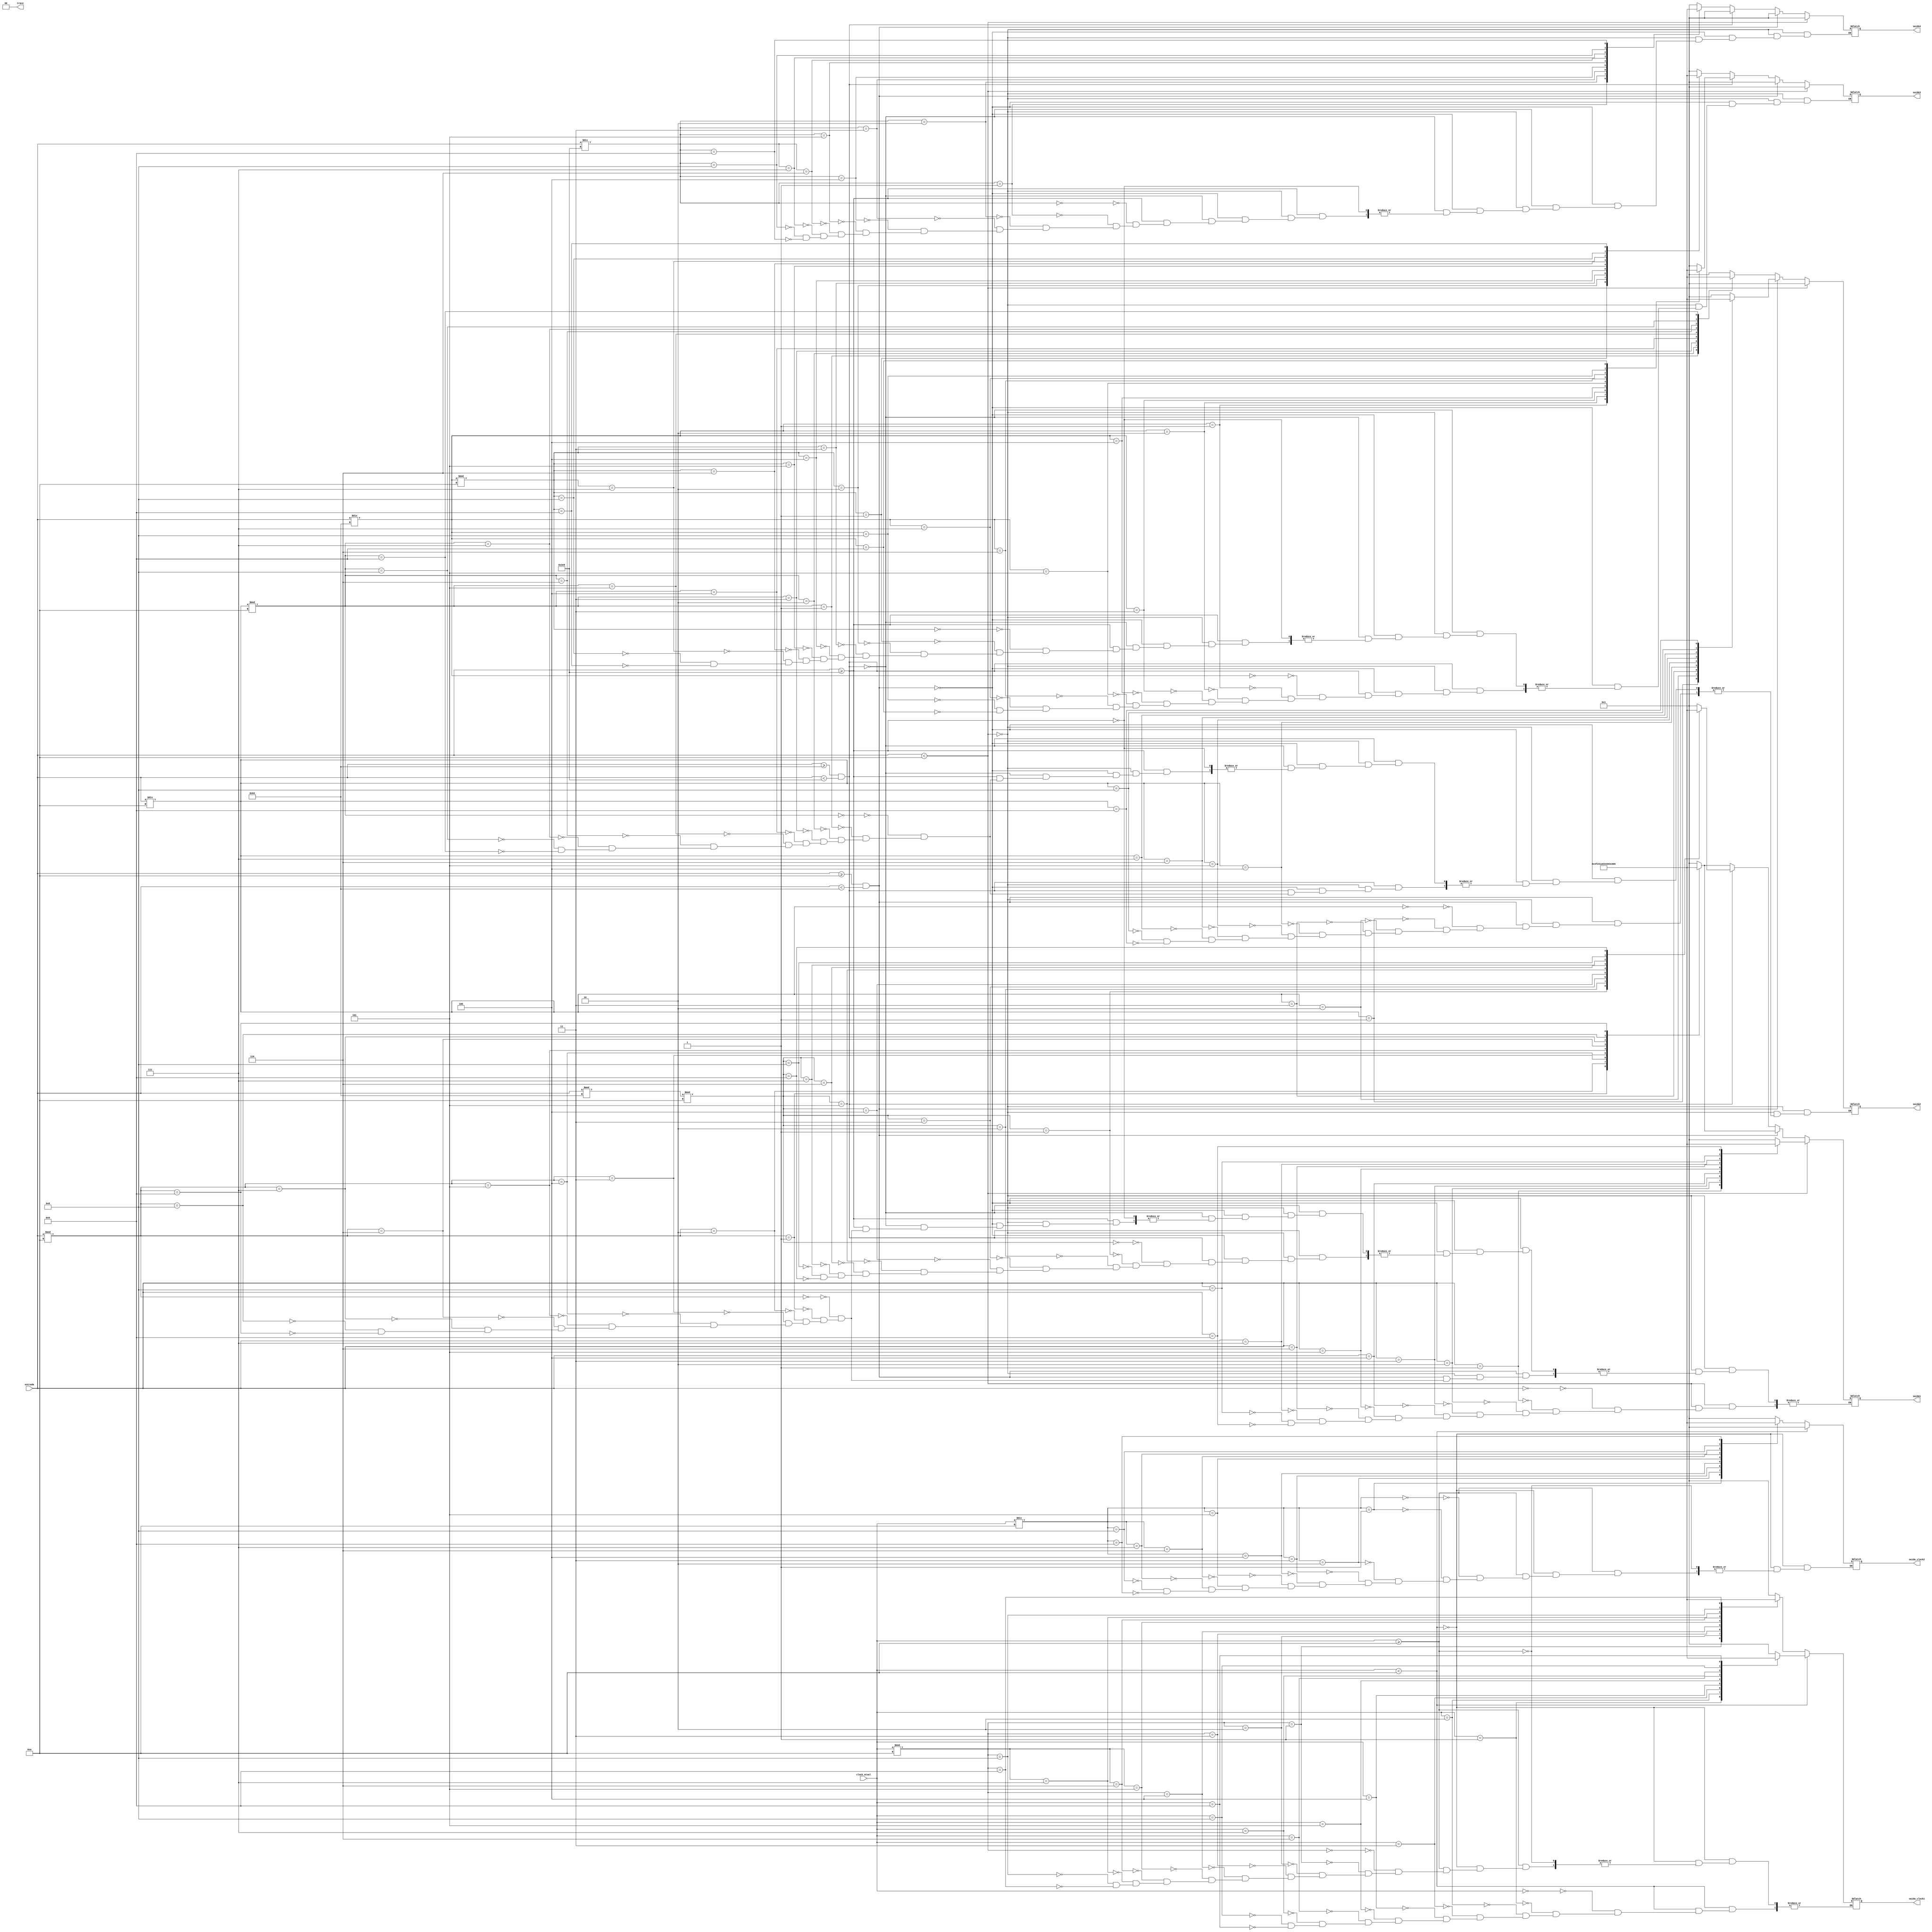
module display_verilog(entrada, clock_atual, saida1,saida2,saida3,saida4,saida_clock1,saida_clock2,traco);

	input [31:0] entrada;
	input [9:0] clock_atual;
	output reg[6:0]saida1;
	output reg[6:0]saida2;
	output reg[6:0]saida3;
	output reg[6:0]saida4;
	output reg[6:0]saida_clock1;
	output reg[6:0]saida_clock2;
	output reg[1:0]traco;
	reg [31:0] d1;
	reg [31:0] d2;
	reg [31:0] d3;
	reg [31:0] d4;
	reg [31:0] c1;
	reg [31:0] c2;
	
	always@(*)
	
		begin	
		
		traco = 2'b00;
		
			if(entrada < 10)
				begin
			
				saida2 = 7'b0000001;
				saida3 = 7'b0000001;
				saida4 = 7'b0000001;
				
				case (entrada)
				
					32'b00000000000000000000000000000000: saida1 = 7'b0000001; 
					32'b00000000000000000000000000000001: saida1 = 7'b1001111; 
					32'b00000000000000000000000000000010: saida1 = 7'b0010010; 
					32'b00000000000000000000000000000011: saida1 = 7'b0000110; 
					32'b00000000000000000000000000000100: saida1 = 7'b1001100; 
					32'b00000000000000000000000000000101: saida1 = 7'b0100100; 
					32'b00000000000000000000000000000110: saida1 = 7'b0100000; 
					32'b00000000000000000000000000000111: saida1 = 7'b0001111; 
					32'b00000000000000000000000000001000: saida1 = 7'b0000000; 
					32'b00000000000000000000000000001001: saida1 = 7'b0000100;
				
				endcase	
				end
			
			
			else if((entrada>=10) && (entrada<100)) 
				
				begin
			
				d1 = entrada % 10;
				d2 = entrada / 10;
				saida3 = 7'b0000001;
				saida4 = 7'b0000001;
				
				case (d1)
				
					32'b00000000000000000000000000000000: saida1 = 7'b0000001; 
					32'b00000000000000000000000000000001: saida1 = 7'b1001111; 
					32'b00000000000000000000000000000010: saida1 = 7'b0010010; 
					32'b00000000000000000000000000000011: saida1 = 7'b0000110; 
					32'b00000000000000000000000000000100: saida1 = 7'b1001100; 
					32'b00000000000000000000000000000101: saida1 = 7'b0100100; 
					32'b00000000000000000000000000000110: saida1 = 7'b0100000; 
					32'b00000000000000000000000000000111: saida1 = 7'b0001111; 
					32'b00000000000000000000000000001000: saida1 = 7'b0000000; 
					32'b00000000000000000000000000001001: saida1 = 7'b0000100;
				
			
			endcase
			
			case (d2)
				
					32'b00000000000000000000000000000000: saida2 = 7'b0000001; 
					32'b00000000000000000000000000000001: saida2 = 7'b1001111; 
					32'b00000000000000000000000000000010: saida2 = 7'b0010010; 
					32'b00000000000000000000000000000011: saida2 = 7'b0000110; 
					32'b00000000000000000000000000000100: saida2 = 7'b1001100; 
					32'b00000000000000000000000000000101: saida2 = 7'b0100100; 
					32'b00000000000000000000000000000110: saida2 = 7'b0100000; 
					32'b00000000000000000000000000000111: saida2 = 7'b0001111; 
					32'b00000000000000000000000000001000: saida2 = 7'b0000000; 
					32'b00000000000000000000000000001001: saida2 = 7'b0000100;
				
				endcase
			end
			
			else if((entrada>=100) && (entrada<1000))
			
				begin
			
				d1 = entrada % 100;
				d1 = d1 % 10;
				d2 = entrada / 10;
				d2 = d2 % 10;
				d3 = entrada / 100;
				saida4 = 7'b0000001;
				
				case (d1)
				
					32'b00000000000000000000000000000000: saida1 = 7'b0000001; 
					32'b00000000000000000000000000000001: saida1 = 7'b1001111; 
					32'b00000000000000000000000000000010: saida1 = 7'b0010010; 
					32'b00000000000000000000000000000011: saida1 = 7'b0000110; 
					32'b00000000000000000000000000000100: saida1 = 7'b1001100; 
					32'b00000000000000000000000000000101: saida1 = 7'b0100100; 
					32'b00000000000000000000000000000110: saida1 = 7'b0100000; 
					32'b00000000000000000000000000000111: saida1 = 7'b0001111; 
					32'b00000000000000000000000000001000: saida1 = 7'b0000000; 
					32'b00000000000000000000000000001001: saida1 = 7'b0000100;
				
			
			endcase
			
			case (d2)
				
					32'b00000000000000000000000000000000: saida2 = 7'b0000001; 
					32'b00000000000000000000000000000001: saida2 = 7'b1001111; 
					32'b00000000000000000000000000000010: saida2 = 7'b0010010; 
					32'b00000000000000000000000000000011: saida2 = 7'b0000110; 
					32'b00000000000000000000000000000100: saida2 = 7'b1001100; 
					32'b00000000000000000000000000000101: saida2 = 7'b0100100; 
					32'b00000000000000000000000000000110: saida2 = 7'b0100000; 
					32'b00000000000000000000000000000111: saida2 = 7'b0001111; 
					32'b00000000000000000000000000001000: saida2 = 7'b0000000; 
					32'b00000000000000000000000000001001: saida2 = 7'b0000100;
				
				endcase
				
			case (d3)
				
					32'b00000000000000000000000000000000: saida3 = 7'b0000001; 
					32'b00000000000000000000000000000001: saida3 = 7'b1001111; 
					32'b00000000000000000000000000000010: saida3 = 7'b0010010; 
					32'b00000000000000000000000000000011: saida3 = 7'b0000110; 
					32'b00000000000000000000000000000100: saida3 = 7'b1001100; 
					32'b00000000000000000000000000000101: saida3 = 7'b0100100; 
					32'b00000000000000000000000000000110: saida3 = 7'b0100000; 
					32'b00000000000000000000000000000111: saida3 = 7'b0001111; 
					32'b00000000000000000000000000001000: saida3 = 7'b0000000; 
					32'b00000000000000000000000000001001: saida3 = 7'b0000100;
				
				endcase
			end
	
		else if(entrada>=1000)
			
				begin
			
				d1 = entrada % 10;
				d2 = entrada / 10;
				d2 = d2 % 10;
				d3 = entrada / 100;
				d3 = d3 % 10;
				d4 = entrada / 1000;
				
				case (d1)
				
					32'b00000000000000000000000000000000: saida1 = 7'b0000001; 
					32'b00000000000000000000000000000001: saida1 = 7'b1001111; 
					32'b00000000000000000000000000000010: saida1 = 7'b0010010; 
					32'b00000000000000000000000000000011: saida1 = 7'b0000110; 
					32'b00000000000000000000000000000100: saida1 = 7'b1001100; 
					32'b00000000000000000000000000000101: saida1 = 7'b0100100; 
					32'b00000000000000000000000000000110: saida1 = 7'b0100000; 
					32'b00000000000000000000000000000111: saida1 = 7'b0001111; 
					32'b00000000000000000000000000001000: saida1 = 7'b0000000; 
					32'b00000000000000000000000000001001: saida1 = 7'b0000100;
				
			
			endcase
			
			case (d2)
				
					32'b00000000000000000000000000000000: saida2 = 7'b0000001; 
					32'b00000000000000000000000000000001: saida2 = 7'b1001111; 
					32'b00000000000000000000000000000010: saida2 = 7'b0010010; 
					32'b00000000000000000000000000000011: saida2 = 7'b0000110; 
					32'b00000000000000000000000000000100: saida2 = 7'b1001100; 
					32'b00000000000000000000000000000101: saida2 = 7'b0100100; 
					32'b00000000000000000000000000000110: saida2 = 7'b0100000; 
					32'b00000000000000000000000000000111: saida2 = 7'b0001111; 
					32'b00000000000000000000000000001000: saida2 = 7'b0000000; 
					32'b00000000000000000000000000001001: saida2 = 7'b0000100;
				
				endcase
				
			case (d3)
				
					32'b00000000000000000000000000000000: saida3 = 7'b0000001; 
					32'b00000000000000000000000000000001: saida3 = 7'b1001111; 
					32'b00000000000000000000000000000010: saida3 = 7'b0010010; 
					32'b00000000000000000000000000000011: saida3 = 7'b0000110; 
					32'b00000000000000000000000000000100: saida3 = 7'b1001100; 
					32'b00000000000000000000000000000101: saida3 = 7'b0100100; 
					32'b00000000000000000000000000000110: saida3 = 7'b0100000; 
					32'b00000000000000000000000000000111: saida3 = 7'b0001111; 
					32'b00000000000000000000000000001000: saida3 = 7'b0000000; 
					32'b00000000000000000000000000001001: saida3 = 7'b0000100;
				
				endcase
				
			case (d4)
				
					32'b00000000000000000000000000000000: saida4 = 7'b0000001; 
					32'b00000000000000000000000000000001: saida4 = 7'b1001111; 
					32'b00000000000000000000000000000010: saida4 = 7'b0010010; 
					32'b00000000000000000000000000000011: saida4 = 7'b0000110; 
					32'b00000000000000000000000000000100: saida4 = 7'b1001100; 
					32'b00000000000000000000000000000101: saida4 = 7'b0100100; 
					32'b00000000000000000000000000000110: saida4 = 7'b0100000; 
					32'b00000000000000000000000000000111: saida4 = 7'b0001111; 
					32'b00000000000000000000000000001000: saida4 = 7'b0000000; 
					32'b00000000000000000000000000001001: saida4 = 7'b0000100;
				
				endcase
			end
			
		end
	
	
	
	
	always@(clock_atual)
			
			begin
			
			if(clock_atual<10)
			
			begin
			
			saida_clock2 = 7'b0000001;
			
			case (clock_atual)
				
					32'b00000000000000000000000000000000: saida_clock1 = 7'b0000001; 
					32'b00000000000000000000000000000001: saida_clock1 = 7'b1001111; 
					32'b00000000000000000000000000000010: saida_clock1 = 7'b0010010; 
					32'b00000000000000000000000000000011: saida_clock1 = 7'b0000110; 
					32'b00000000000000000000000000000100: saida_clock1 = 7'b1001100; 
					32'b00000000000000000000000000000101: saida_clock1 = 7'b0100100; 
					32'b00000000000000000000000000000110: saida_clock1 = 7'b0100000; 
					32'b00000000000000000000000000000111: saida_clock1 = 7'b0001111; 
					32'b00000000000000000000000000001000: saida_clock1 = 7'b0000000; 
					32'b00000000000000000000000000001001: saida_clock1 = 7'b0000100;
				
				endcase
			end
			
			else if(clock_atual>=10)
			
			begin
			
			c1 = clock_atual % 10;
			c2 = clock_atual/10;
			
			case (c1)
				
					32'b00000000000000000000000000000000: saida_clock1 = 7'b0000001; 
					32'b00000000000000000000000000000001: saida_clock1 = 7'b1001111; 
					32'b00000000000000000000000000000010: saida_clock1 = 7'b0010010; 
					32'b00000000000000000000000000000011: saida_clock1 = 7'b0000110; 
					32'b00000000000000000000000000000100: saida_clock1 = 7'b1001100; 
					32'b00000000000000000000000000000101: saida_clock1 = 7'b0100100; 
					32'b00000000000000000000000000000110: saida_clock1 = 7'b0100000; 
					32'b00000000000000000000000000000111: saida_clock1 = 7'b0001111; 
					32'b00000000000000000000000000001000: saida_clock1 = 7'b0000000; 
					32'b00000000000000000000000000001001: saida_clock1 = 7'b0000100;
				
				endcase
				
			case (c2)
				
					32'b00000000000000000000000000000000: saida_clock2 = 7'b0000001; 
					32'b00000000000000000000000000000001: saida_clock2 = 7'b1001111; 
					32'b00000000000000000000000000000010: saida_clock2 = 7'b0010010; 
					32'b00000000000000000000000000000011: saida_clock2 = 7'b0000110; 
					32'b00000000000000000000000000000100: saida_clock2 = 7'b1001100; 
					32'b00000000000000000000000000000101: saida_clock2 = 7'b0100100; 
					32'b00000000000000000000000000000110: saida_clock2 = 7'b0100000; 
					32'b00000000000000000000000000000111: saida_clock2 = 7'b0001111; 
					32'b00000000000000000000000000001000: saida_clock2 = 7'b0000000; 
					32'b00000000000000000000000000001001: saida_clock2 = 7'b0000100;
				
				endcase
			end
		end
	

	endmodule